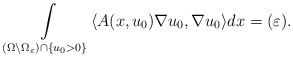
\begin{align*} \int\limits_{ (\Omega \backslash \Omega_\varepsilon) \cap \{ u_0 > 0\}} \langle A(x,u_0) \nabla u_0, \nabla u_0 \rangle dx = (\varepsilon).\end{align*}